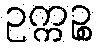
ဥက္ကဉ္စ